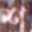
শ